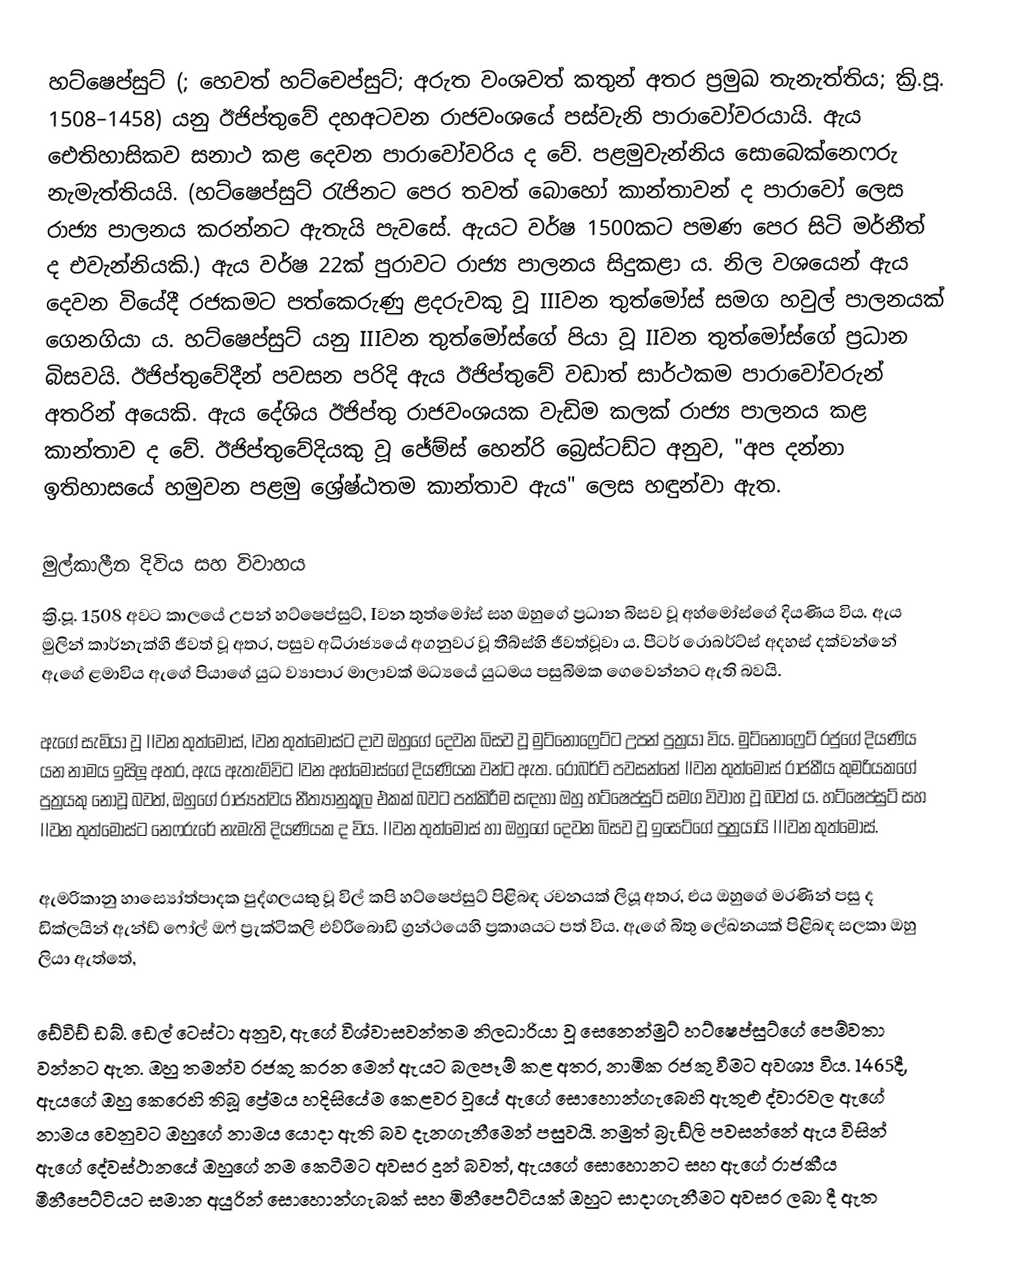
හට්ෂෙප්සුට් (; හෙවත් හට්චෙප්සුට්; අරුත වංශවත් කතුන් අතර ප්‍රමුඛ තැනැත්තිය; ක්‍රි.පූ. 1508–1458) යනු ඊජිප්තුවේ දහඅටවන රාජවංශයේ පස්වැනි පාරාවෝවරයායි. ඇය ඓතිහාසිකව සනාථ කළ දෙවන පාරාවෝවරිය ද වේ. පළමුවැන්නිය සොබෙක්නෙෆරු නැමැත්තියයි. (හට්ෂෙප්සුට් රැජිනට පෙර තවත් බොහෝ කාන්තාවන් ද පාරාවෝ ලෙස රාජ්‍ය පාලනය කරන්නට ඇතැයි පැවසේ. ඇයට වර්ෂ 1500කට පමණ පෙර සිටි මර්නීත් ද එවැන්නියකි.) ඇය වර්ෂ 22ක් පුරාවට රාජ්‍ය පාලනය සිදුකළා ය. නිල වශයෙන් ඇය දෙවන වියේදී රජකමට පත්කෙරුණු ළදරුවකු වූ IIIවන තුත්මෝස් සමග හවුල් පාලනයක් ගෙනගියා ය. හට්ෂෙප්සුට් යනු IIIවන තුත්මෝස්ගේ පියා වූ IIවන තුත්මෝස්ගේ ප්‍රධාන බිසවයි. ඊජිප්තුවේදීන් පවසන පරිදි ඇය ඊජිප්තුවේ වඩාත් සාර්ථකම පාරාවෝවරුන් අතරින් අයෙකි. ඇය දේශිය ඊජිප්තු රාජවංශයක වැඩිම කලක් රාජ්‍ය පාලනය කළ කාන්තාව ද වේ. ඊජිප්තුවේදියකු වූ ජේම්ස් හෙන්රි බ්‍රෙස්ටඩ්ට අනුව, "අප දන්නා ඉතිහාසයේ හමුවන පළමු ශ්‍රේෂ්ඨතම කාන්තාව ඇය" ලෙස හඳුන්වා ඇත.

මුල්කාලීන දිවිය සහ විවාහය
ක්‍රි.පූ. 1508 අවට කාලයේ උපන් හට්ෂෙප්සුට්, Iවන තුත්මෝස් සහ ඔහුගේ ප්‍රධාන බිසව වූ අහ්මෝස්ගේ දියණිය විය. ඇය මුලින් කාර්නැක්හි ජීවත් වූ අතර, පසුව අධිරාජ්‍යයේ අගනුවර වූ තීබ්ස්හි ජීවත්වූවා ය. පීටර් රොබර්ට්ස් අදහස් දක්වන්නේ ඇගේ ළමාවිය ඇගේ පියාගේ යුධ ව්‍යාපාර මාලාවක් මධ්‍යයේ යුධමය පසුබිමක ගෙවෙන්නට ඇති බවයි.

ඇගේ සැමියා වූ IIවන තුත්මෝස්, Iවන තුත්මෝස්ට දාව ඔහුගේ දෙවන බිසව වූ මුට්නොෆ්‍රෙට්ට උපන් පුත්‍රයා විය. මුට්නොෆ්‍රෙට් රජුගේ දියණිය යන නාමය ඉසිලූ අතර, ඇය ඇතැම්විට Iවන අහ්මෝස්ගේ දියණියක වන්ට ඇත. රොබර්ට් පවසන්නේ IIවන තුත්මෝස් රාජකීය කුමරියකගේ පුත්‍රයකු නොවූ බවත්, ඔහුගේ රාජ්‍යත්වය නීත්‍යානුකූල එකක් බවට පත්කිරීම සඳහා ඔහු හට්ෂෙප්සුට් සමග විවාහ වූ බවත් ය. හට්ෂෙප්සුට් සහ IIවන තුත්මෝස්ට නෙෆරුරේ නැමැති දියණියක ද විය. IIවන තුත්මෝස් හා ඔහුගේ දෙවන බිසව වූ ඉසෙට්ගේ පුත්‍රයායි IIIවන තුත්මෝස්.

ඇමරිකානු හාස්‍යෝත්පාදක පුද්ගලයකු වූ විල් කපි හට්ෂෙප්සුට් පිළිබඳ රචනයක් ලියූ අතර, එය ඔහුගේ මරණින් පසු ද ඩික්ලයින් ඇන්ඩ් ෆෝල් ඔෆ් ප්‍රැක්ටිකලි එව්රිබොඩි ග්‍රන්ථයෙහි ප්‍රකාශයට පත් විය. ඇගේ බිතු ලේඛනයක් පිළිබඳ සලකා ඔහු ලියා ඇත්තේ,

‍ඩේවිඩ් ඩබ්. ‍ඩෙල් ටෙස්ටා අනුව, ඇගේ විශ්වාසවන්තම නිලධාරියා වූ සෙනෙන්මුට් හට්ෂෙප්සුට්ගේ පෙම්වතා වන්නට ඇත. ඔහු තමන්ව රජකු කරන මෙන් ඇයට බලපෑම් කළ අතර, නාමික රජකු වීමට අවශ්‍ය විය. 1465දී, ඇයගේ ඔහු කෙරෙහි තිබූ ප්‍රේමය හදිසියේම කෙළවර වූයේ ඇගේ සොහොන්ගැබෙහි ඇතුළු ද්වාරවල ඇගේ නාමය වෙනුවට ඔහුගේ නාමය යොදා ඇති බව දැනගැනීමෙන් පසුවයි. නමුත් බ්‍රැඩ්ලි පවසන්නේ ඇය විසින් ඇගේ දේවස්ථානයේ ඔහුගේ නම කෙටීමට අවසර දුන් බවත්, ඇයගේ සොහොනට සහ ඇගේ රාජකීය මීනීපෙට්ටියට සමාන අයුරින් සොහොන්ගැබක් සහ මිනීපෙට්ටියක් ඔහුට සාදාගැනීමට අවසර ලබා දී ඇත